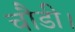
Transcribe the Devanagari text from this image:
चौडी।